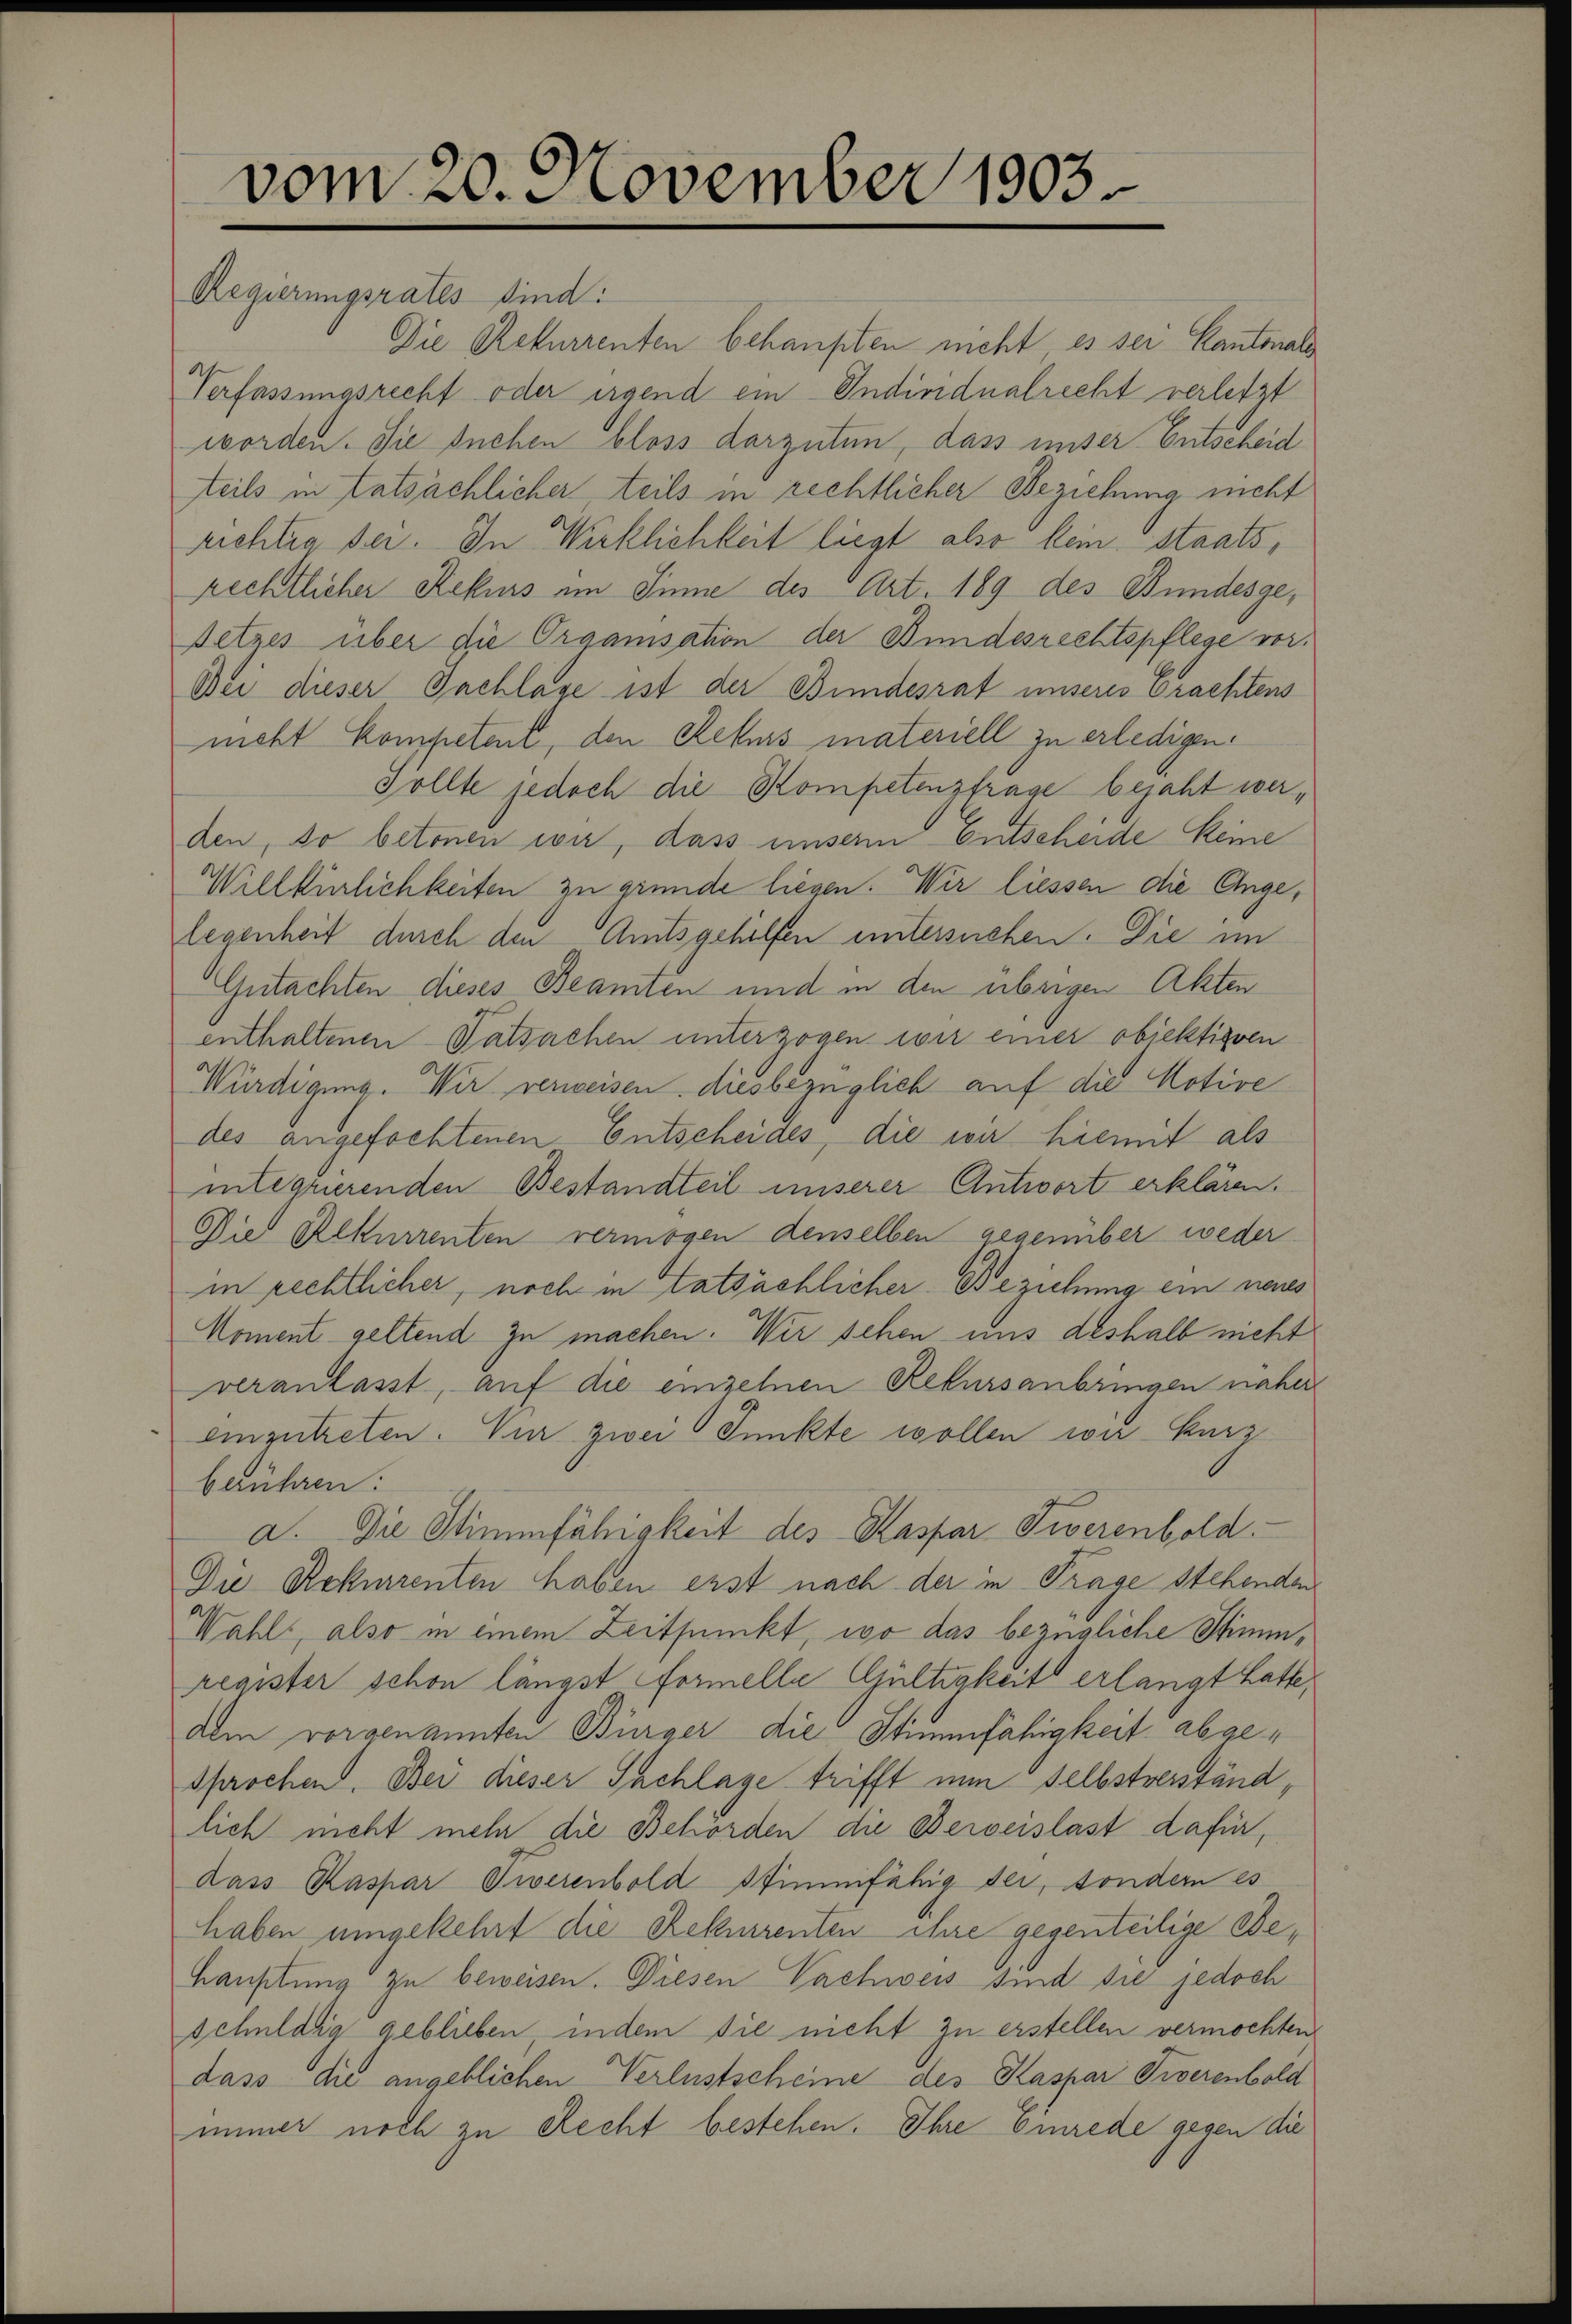
vom 20. November 1903.

Regierungsrates sind:
Die Rekurrenten behaupten nicht, es sei Kantonals
Verfassungsrecht oder irgend ein Individualrecht verletzt
worden. Sie suchen bloss darzuten, dass unser Entscheid
teils in tatsächlicher teils in rechtlicher Beziehung nicht
richtig sei. In Wirklichkeit liegt also kein staatsrechtlicher Rekurs im Sinne des Art 189 des Bundesgesetzes über die Organisation der Bundesrechtspflege vor¬
Bei dieser Sachlage ist der Bundesrat unseres Erachtens
nicht kompetent, den Rekurs materiell zu erledigen.
Sollte jedoch die Kompetenzfrage bejaht werden, so betonen wir, dass unserm Entscheide keine
Willkürlichkeiten zu gründe liegen. Wir liessen die Ange,
legenheit durch den Amtsgehilfen untersuchen. Die im
Gutachten dieses Beamten und in den übrigen Akten
enthaltenen Tatsachen unterzogen wir einer objektiven
Würdigung. Wir verweisen, diesbezüglich auf die Notive
des angefochtenen Entscheides, die wir hiemit als
integrierenden Bestandteil unserer Antwort erklären.
Die Rekurrenten vermögen denselben gegenüber weder
in rechtlicher, noch in tatsächlicher Beziehung ein neues
koment geltend zu machen. Wir sehen uns deshalb nicht
veranlasst, auf die einzelnen Rekursanbringen näher
einzutreten. Nur zwei Punkte wollen wie kurz
berühren:
a. Die Stimmfähigkeit des Kaspar Tierenbold
Die Rekurrenten haben erst nach der in Trage stehenden
Wahl, also in einem Zeitpunkt, wo das bezügliche Stimmregister schon längst Formelle Gültigkeits erlangt hatte,
dem vorgenannten Bürger die Stimmfähigkeit abgesprochen. Bei dieser Sachlage trifft nun selbstverständlich nicht mehr die Behörden die Beweislast dafür,
dass Kaspar Diverenbold Stimmfähig der, sondern es
haben umgekehrt die Rekurrenten ihre gesenteilige Behauptung zu beweisen. Diesen Vachweis sind sie jedoch
schuldig geblieben, indem sie nicht zu erstellen vermochten
dass die angeblichen Verlustscheine des Kaspar Tierenbold
immer noch zu Recht bestehen. Ihre Einrede gegen die